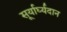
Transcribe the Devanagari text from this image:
सूर्यार्घ्यदान